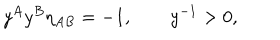
y ^ { A } y ^ { B } \eta _ { A B } = - 1 , \qquad y ^ { - 1 } > 0 ,